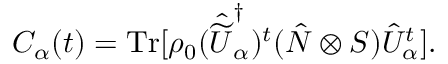
C _ { \alpha } ( t ) = \mathrm { T r } [ \rho _ { 0 } ( \hat { \widetilde { U } } _ { \alpha } ^ { \dagger } ) ^ { t } ( \hat { N } \otimes { \cal S } ) \hat { U } _ { \alpha } ^ { t } ] .